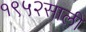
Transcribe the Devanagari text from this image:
१९५२साली